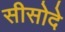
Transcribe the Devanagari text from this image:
सीसोदे